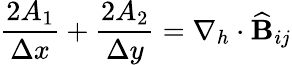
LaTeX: \frac{2A_{1}}{\Delta x}+\frac{2A_{2}}{\Delta y}=\nabla_{h}\cdot\widehat{\mathbf{B}}_{ij}